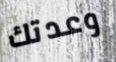
وعدتك